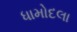
ધામોદલા